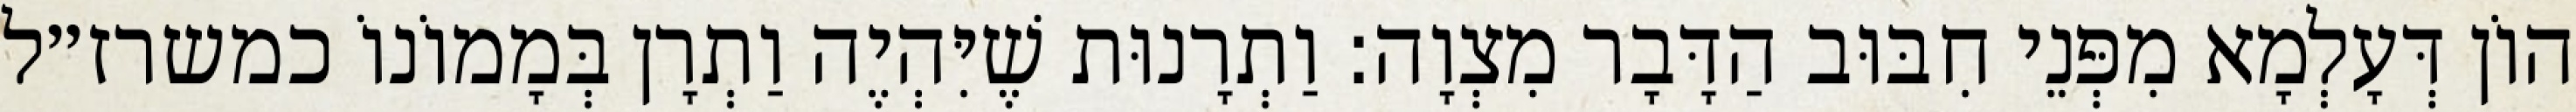
הוֹן דְּעָלְמָא מִפְּנֵי חִבּוּב הַדָּבָר מִצְוָה: וַתְרָנוּת שֶׁיִּהְיֶה וַתְרָן בְּמָמוֹנוֹ כמשרז״ל